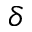
\delta